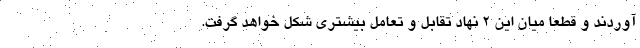
آوردند و قطعا میان این 2 نهاد تقابل و تعامل بیشتری شکل خواهد گرفت.